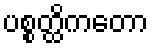
ပစ္စတ္ထိကတော